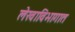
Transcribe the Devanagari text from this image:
लेखाविभागात